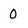
Character: 0